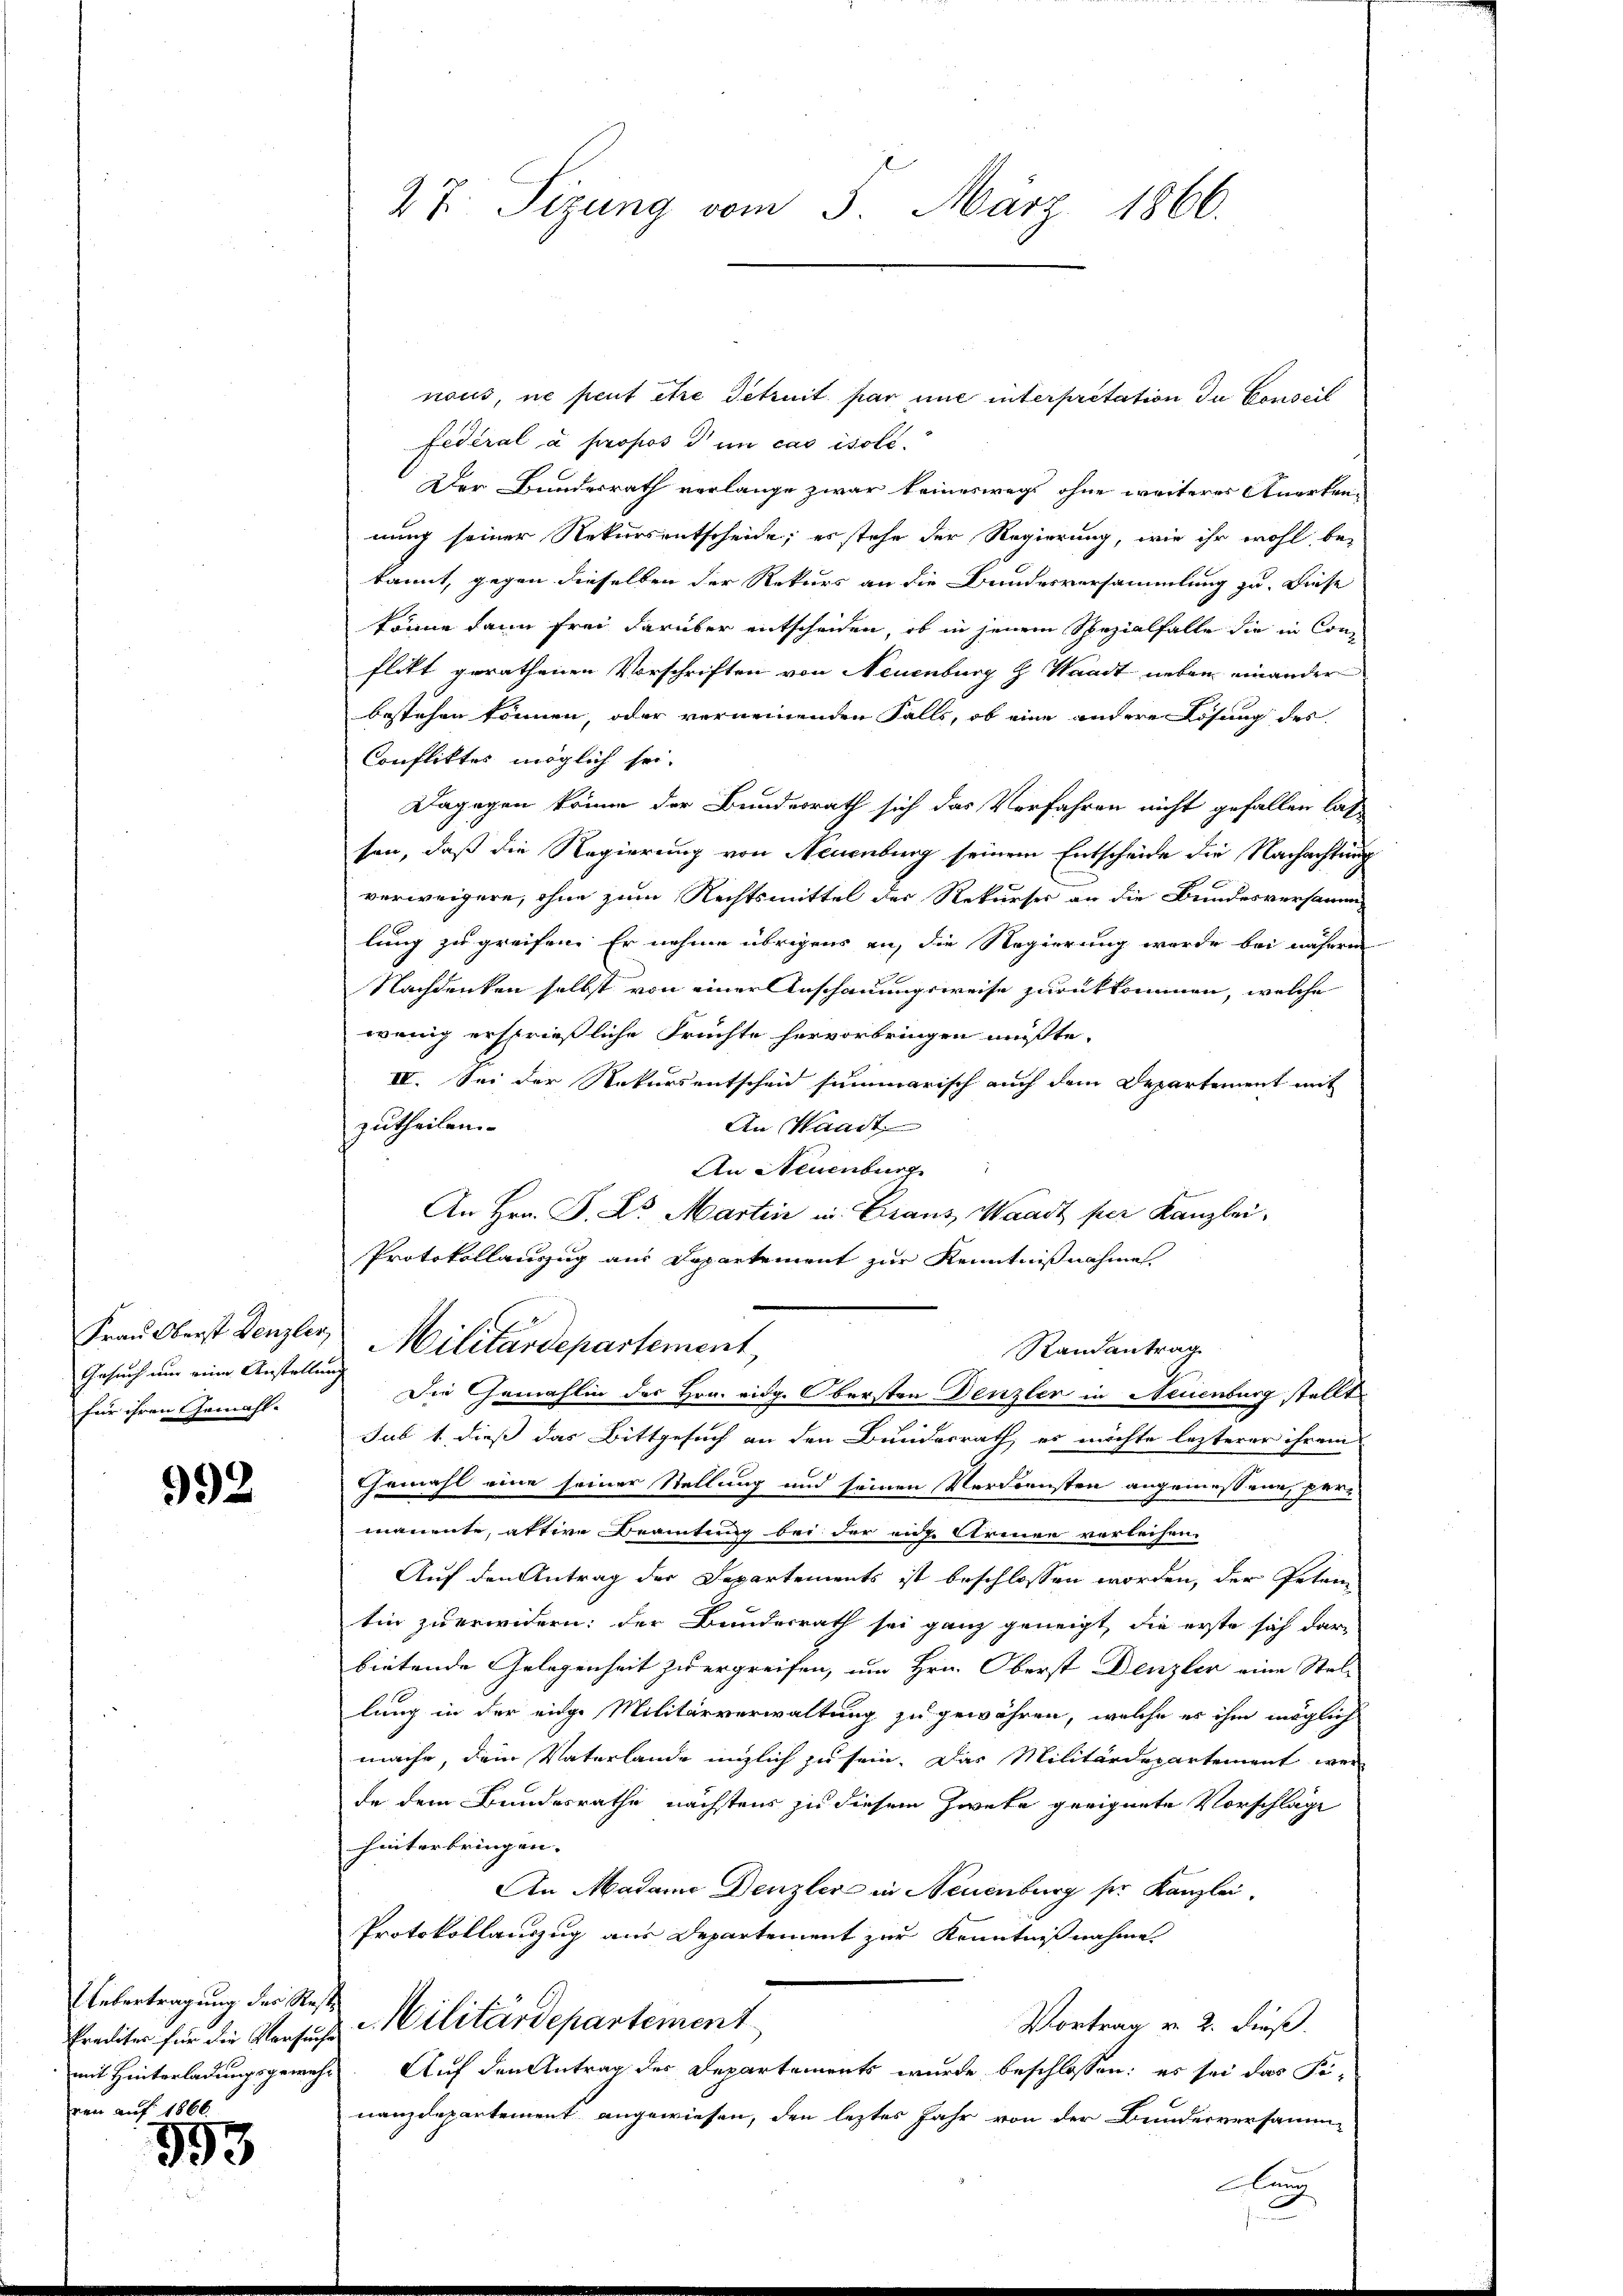
Gesuch nur eine Anstellung
für ihren Gemächt-

992

Predites für die Versuche
ren auf 1866.

393

27. Sizung vom 5. März 1866.

naus, ne peut être detruit par une interpretation du Conseil
fédéral à propos d in cas isole.
Der Bundesrath verlange zwar keineswegs ohne weiterer Anerkennung seiner Rekursentscheide; es stehe der Regierung, wie ihr wohl be-
kannt, gegen dieselben der Rekurs an die Bundesversammlung zu. Diese
könne dann frei darüber entscheiden, ob in jenem Spezialfalle die in Con
flikt gerathenen Vorschriften von Neuenburg h Waadt neben einander
bestehen können, oder verneinenden Falls, ob eine andere Lösung des
Confliktes möglich sei.
Dagegen könne der Bundesrath sich das Verfahren nicht gefallen las
sen, daß die Regierung von Neuenburg seinem Entscheide die Nachachtung
verweigere, ohne zum Rechtsmittel der Rekurses an die Bundesversamm-
lung zu greifen. Er nahme übrigens an, die Regierung wurde bei nähere
Nachdenken selbst von einer Anschauungsweise zurückkommen, welche
wenig ersprießliche Früchte hervorbringen müßte.
IV. Sei der Rekursentscheid summarisch auch dem Departement mit
zutheilen.
An Waadt
An Neuenburg
An Hrn. P. Dr. Martin in Graus Waadt per Kanzlei-
Protokollauszug aus Departement zur Kenntnißnahme
Frau Oberst Denzler Militärdepartement
Randantrag
Die Gemahlin des Hrn. eidg. Obersten Denzler in Neuenburg stellt
sub 1. dieß das Bittgesuch an den Bundesrath, es möchte lezterer ihrem
Gemahl eine seiner Stellung und seinen Verdiensten angemessene, per-
manente, aktive Beamtung bei der eine Armen verleihen.
Auf den Antrag der Departements ist beschlossen worden, der Peten
tin zu erwidern: der Bundesrath sei ganz geneigt, die erste sich dar-
bietende Gelegenheit zu ergreifen, um Hrn. Oberst Denzler eine Stel-
lung in der eige Militärverwaltung zu gewähren, welche es ihm möglich
mache, dem Vaterlande möglich zu sein. Das Militärdepartement werde dem Bundesrathe nächstens zu diesem Zwete geeignete Vorschläge
hinterbringen. |
An Madame Denzler in Neuenburg ser Kanzlei.
Protokollauszug aus Departement zur Kenntnißnahme.
Untertragung der Reste Militärdepartement
Vortrag v. 2. Fuß.
mit Hinterladungsgemehr. Auf den Antrag des Departements wurde beschlossen: es sei das Fi-
nanzdepartement angewiesen, den leztes Jahr von der Bundesversamm¬

ung